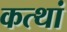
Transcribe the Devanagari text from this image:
कत्थां